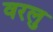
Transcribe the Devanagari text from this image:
वरलु